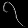
Digit: ၇